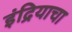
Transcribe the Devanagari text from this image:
इंद्रियाचा